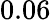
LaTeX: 0.06